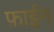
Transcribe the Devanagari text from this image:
फ़ाईन